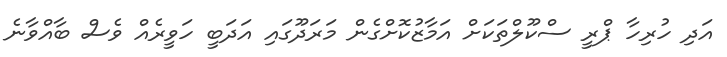
އަދި ހުރިހާ ޕްރީ ސްކޫލްތަކަށް އަމާޒުކޮށްގެން މަރަދޫގައި އަދަބީ ހަވީރެއް ވެސް ބާއްވާނެ